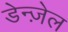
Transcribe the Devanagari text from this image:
डेन्ज़ेल